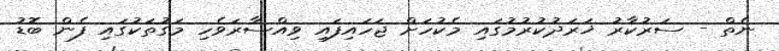
ނެތް - ސަރުކާރު ޚަރަދުކުރުމުގައި މެކުހަށް ޖަހައިފައި ވިއްސާރަވެހި މަގުތަކުގައި ފެން ބޮޑު